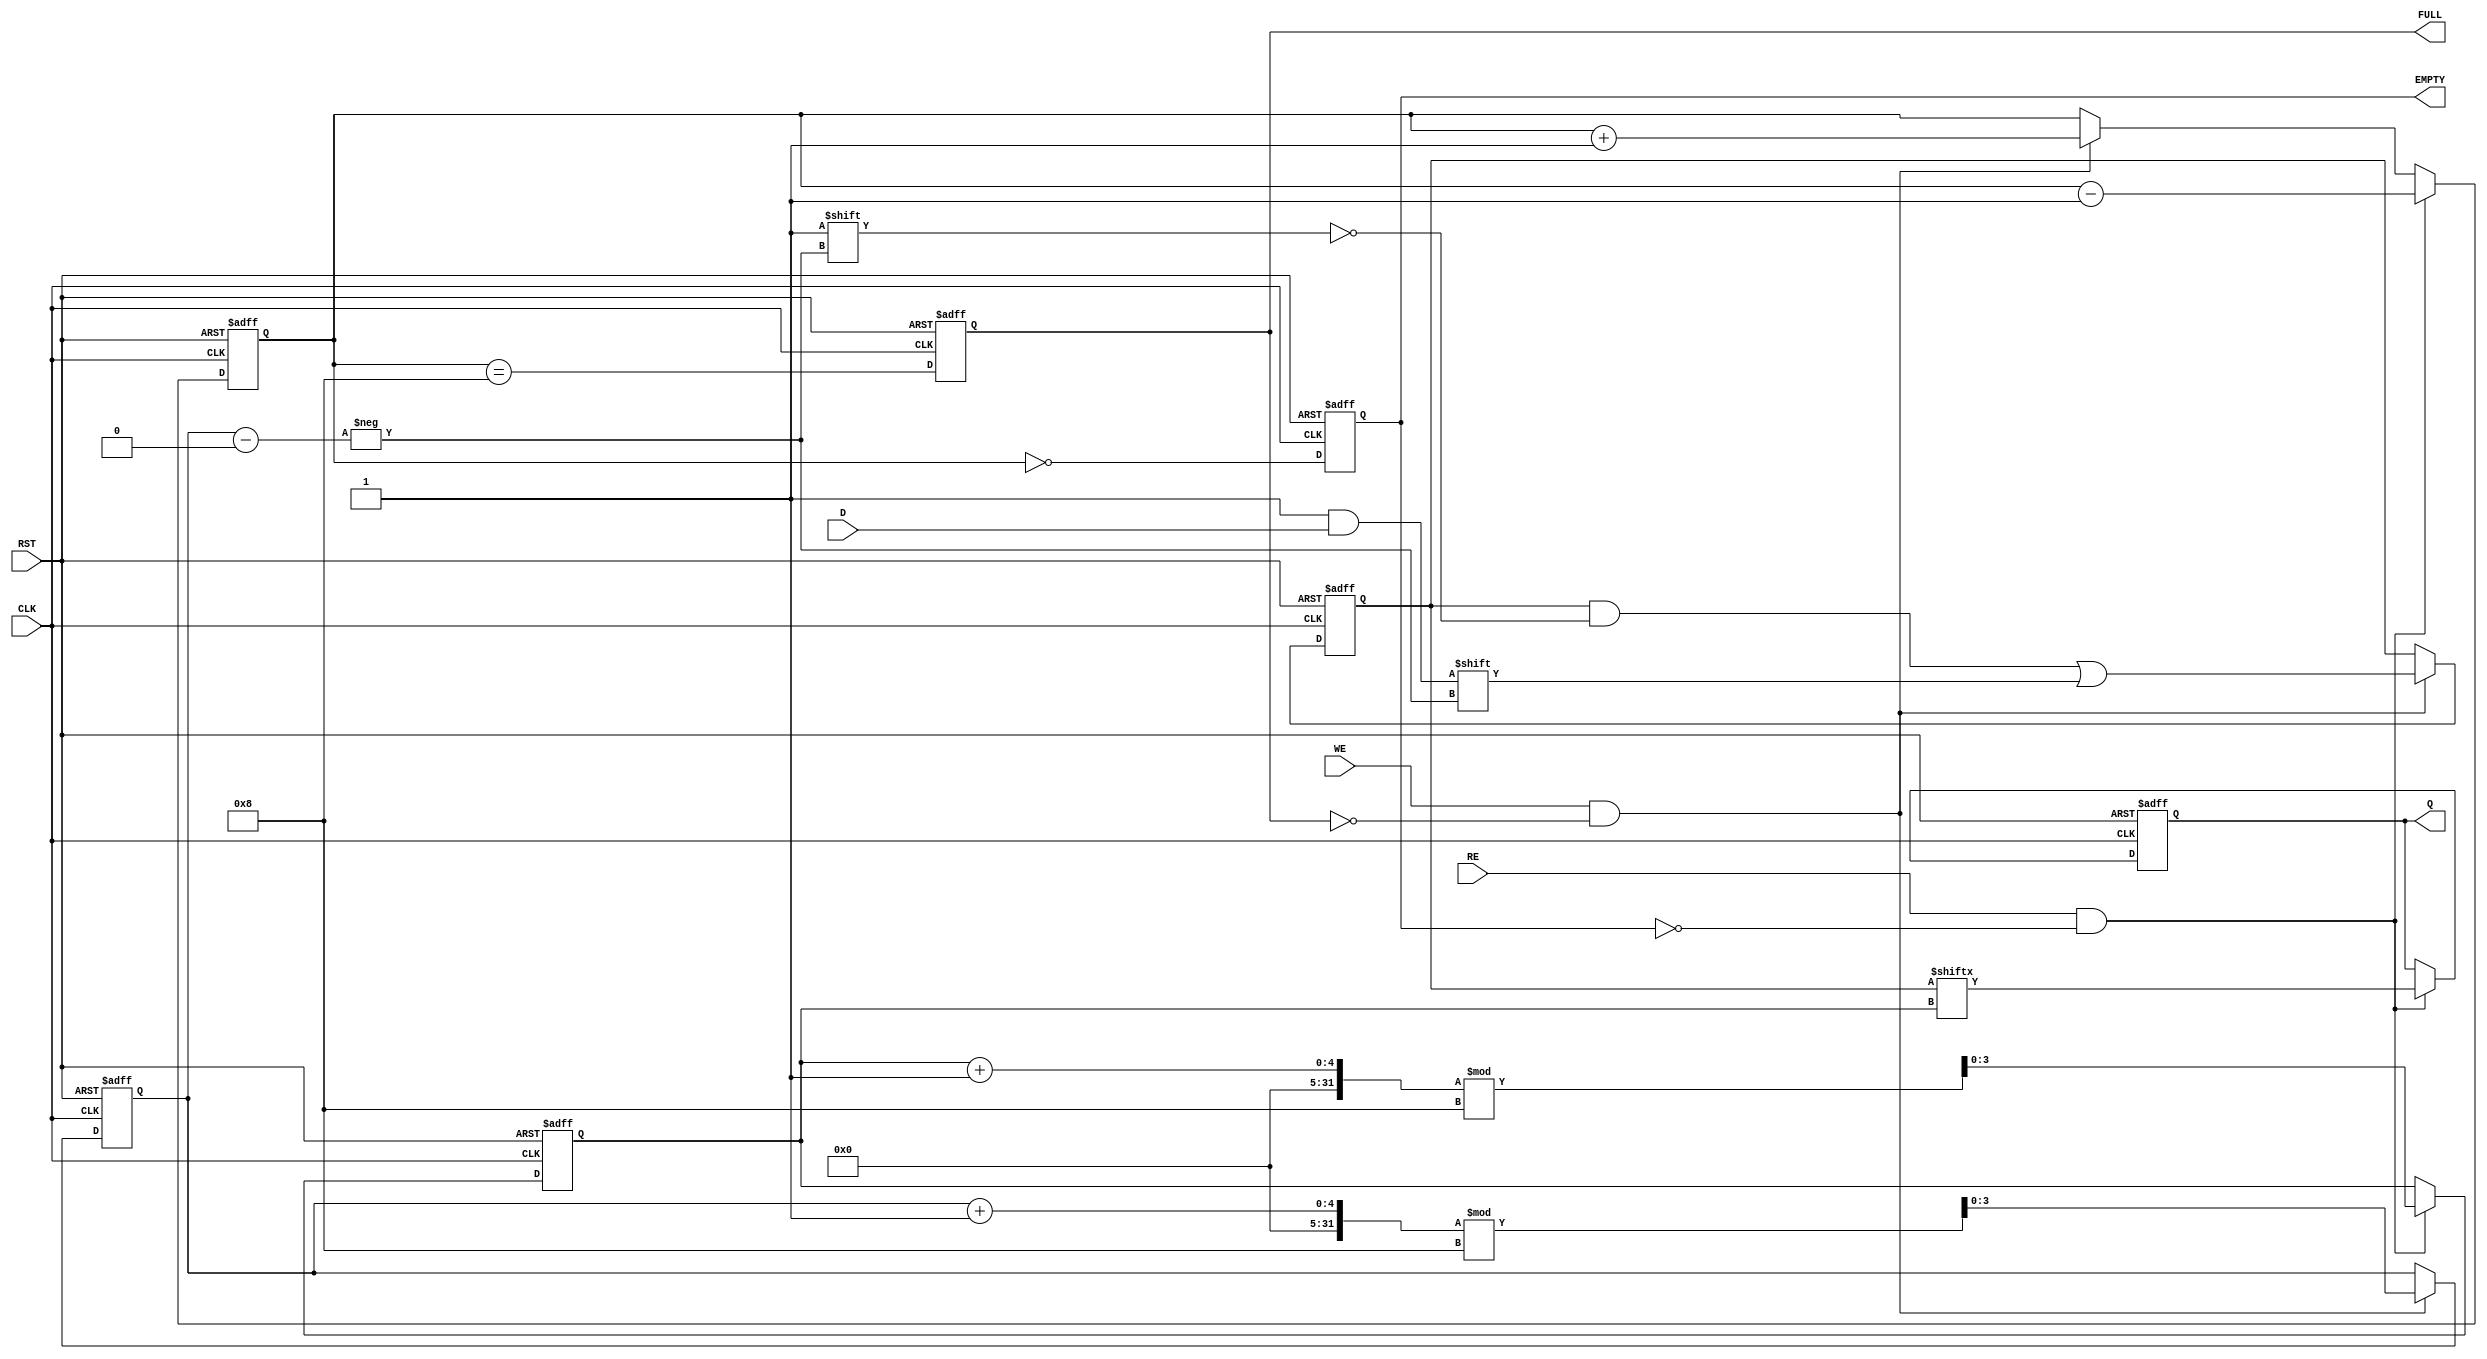
module FIFO_PISO (
    input wire [n-1:0] D,         // Parallel Data Input
    input wire WE,                // Write Enable
    input wire RE,                // Read Enable
    input wire CLK,               // Clock
    input wire RST,               // Reset
    output reg Q,                 // Serial Data Output
    output reg EMPTY,             // Empty Flag
    output reg FULL               // Full Flag
);
    parameter n = 8;              // Number of bits for the FIFO

    reg [n-1:0] fifo;             // Storage array for the FIFO
    reg [3:0] write_pointer;      // Write pointer
    reg [3:0] read_pointer;       // Read pointer
    reg [3:0] count;              // Count of elements in the FIFO

    // Asynchronous reset and initialization
    always @(posedge CLK or posedge RST) begin
        if (RST) begin
            fifo <= 0;
            write_pointer <= 0;
            read_pointer <= 0;
            count <= 0;
            Q <= 0;
            EMPTY <= 1;
            FULL <= 0;
        end else begin
            // Writing data to FIFO
            if (WE && !FULL) begin
                fifo[write_pointer] <= D; // Store data
                write_pointer <= (write_pointer + 1) % n; // Circular increment
                count <= count + 1; // Increment count
            end
            
            // Reading data from FIFO
            if (RE && !EMPTY) begin
                Q <= fifo[read_pointer]; // Output the data
                read_pointer <= (read_pointer + 1) % n; // Circular increment
                count <= count - 1; // Decrement count
            end
            
            // Update FULL and EMPTY flags
            EMPTY <= (count == 0);
            FULL <= (count == n);
        end
    end

endmodule